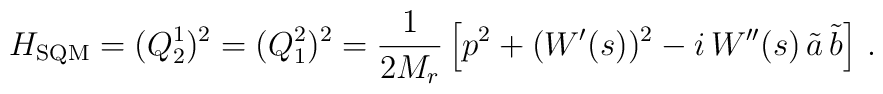
H_{\rm SQM}=(Q^1_2)^2=(Q^2_1)^2=\frac{1}{2M_r}\left[p^2 + (W'(s))^2-i\,W''(s)\,\tilde a\,\tilde b\right]\,.